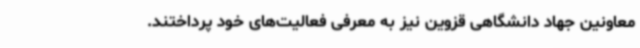
معاونین جهاد دانشگاهی قزوین نیز به معرفی فعالیت‌های خود پرداختند.